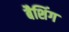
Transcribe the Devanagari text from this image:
बैशिंग